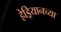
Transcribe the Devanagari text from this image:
हेड्रियानच्या